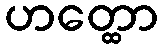
ဟတ္ထော